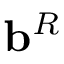
\mathbf { b } ^ { R }